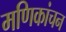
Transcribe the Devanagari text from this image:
मणिकांचन